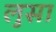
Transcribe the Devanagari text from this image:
लुसा